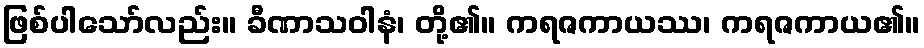
ဖြစ်ပါသော်လည်း။ ခီဏာသဝါနံ၊ တို့၏။ ကရဇကာယဿ၊ ကရဇကာယ၏။